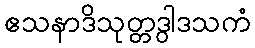
ဧသနာဒိသုတ္တဒွါဒသကံ